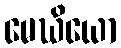
မေဃိယော